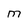
Character: M